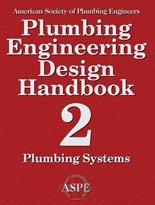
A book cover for Plumbing Engineering Design Handbook (Plumbing Systems, Volume 2); American Society of Plumbing Engineers; Engineering & Transportation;